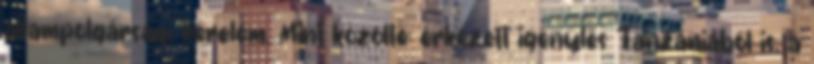
állampolgársági kérelem. Mint közölte: érkezett igénylés Tanzániából is, a